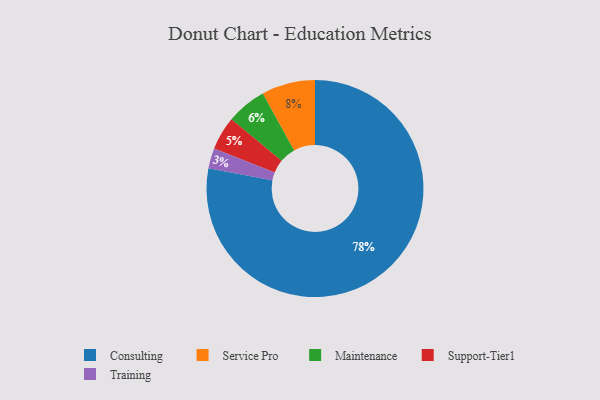
{"axis": {"x": "Category", "y": "Percentage"}, "legend": ["Consulting", "Maintenance", "Service Pro", "Support-Tier1", "Training"], "data": [{"x": "Service Pro", "y": 8, "type": "Service Pro"}, {"x": "Training", "y": 3, "type": "Training"}, {"x": "Maintenance", "y": 6, "type": "Maintenance"}, {"x": "Support-Tier1", "y": 5, "type": "Support-Tier1"}, {"x": "Consulting", "y": 78, "type": "Consulting"}]}